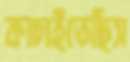
কাচাইতেছিস